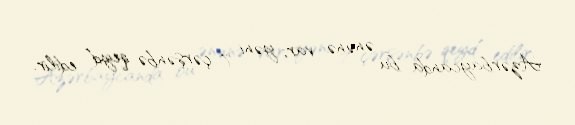
Azərbaycanda bu ənənə var, yəni 7 çərşənbə qeyd edilir.